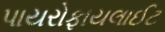
પાયરોફાયલાઈટ